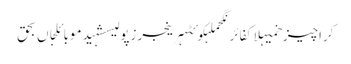
کراچیزخمیہلاکفائرنگحملہکوئٹہرینجرزپولیسشہیدموبائلجاں بحق